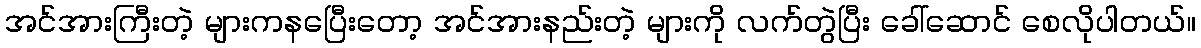
အင်အားကြီးတဲ့ များကနပြေီးတော့ အင်အားနည်းတဲ့ များကို လက်တွဲပြီး ခေါ်ဆောင် စေလိုပါတယ်။